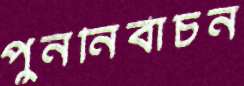
পুনর্নির্বাচন